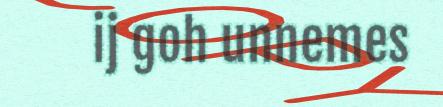
ij goh unnemes